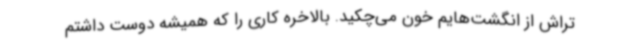
تراش از انگشت‌هایم خون می‌چکید. بالاخره کاری را که همیشه دوست داشتم